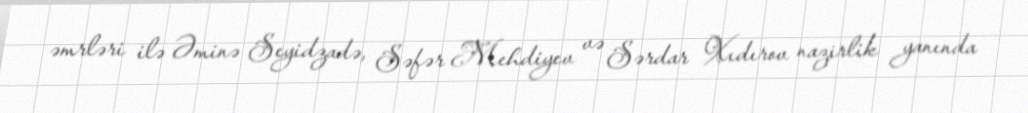
əmrləri ilə Əminə Seyidzadə, Səfər Mehdiyev və Sərdar Xıdırov nazirlik yanında